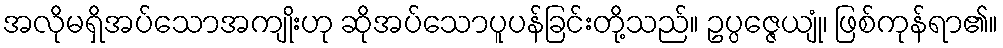
အလိုမရှိအပ်သောအကျိုးဟု ဆိုအပ်သောပူပန်ခြင်းတို့သည်။ ဥပ္ပဇ္ဇေယျုံ၊ ဖြစ်ကုန်ရာ၏။